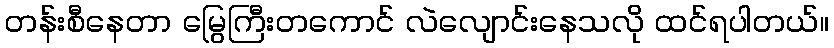
တန်းစီနေတာ မြွေကြီးတကောင် လဲလျောင်းနေသလို ထင်ရပါတယ်။